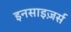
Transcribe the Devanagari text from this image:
इनसाइज़र्स